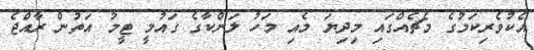
އެކުވެރިކަމުގެ މެޗެއްގައި މިދިޔަ މެއި މަހު ލަންކާގެ ގައުމީ ޓީމު އަތުން ރާއްޖެ